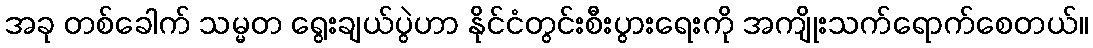
အခု တစ်ခေါက် သမ္မတ ရွေးချယ်ပွဲဟာ နိုင်ငံတွင်းစီးပွားရေးကို အကျိုးသက်ရောက်စေတယ်။